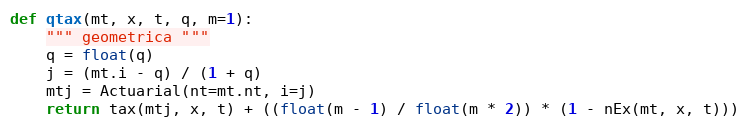
Language: Python
def qtax(mt, x, t, q, m=1):
    """ geometrica """
    q = float(q)
    j = (mt.i - q) / (1 + q)
    mtj = Actuarial(nt=mt.nt, i=j)
    return tax(mtj, x, t) + ((float(m - 1) / float(m * 2)) * (1 - nEx(mt, x, t)))